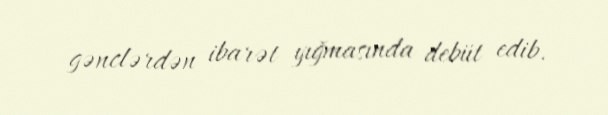
gənclərdən ibarət yığmasında debüt edib.